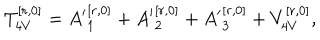
T _ { 4 V } ^ { [ r , 0 ] } = { A ^ { \prime } } _ { 1 } ^ { [ r , 0 ] } + { A ^ { \prime } } _ { 2 } ^ { [ r , 0 ] } + { A ^ { \prime } } _ { 3 } ^ { [ r , 0 ] } + V _ { 4 V } ^ { [ r , 0 ] } ,